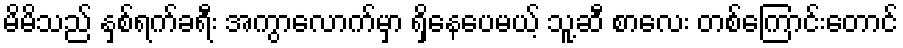
မိမိသည် နှစ်ရက်ခရီး အကွာလောက်မှာ ရှိနေပေမယ့် သူ့ဆီ စာလေး တစ်ကြောင်းတောင်